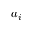
a _ { i }